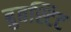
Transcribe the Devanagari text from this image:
बुबस्टिट